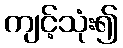
ကျင့်သုံး၍